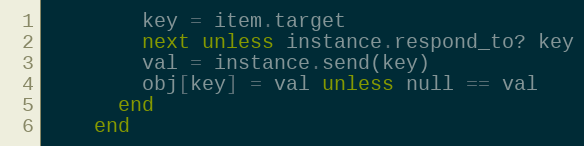
Language: Ruby
        key = item.target
        next unless instance.respond_to? key
        val = instance.send(key)
        obj[key] = val unless null == val
      end
    end